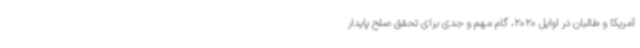
آمریکا و طالبان در اوایل 2020، گام مهم و جدی برای تحقق صلح پایدار